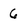
Character: 6